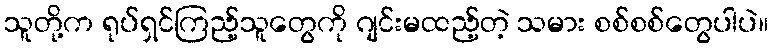
သူတို့က ရုပ်ရှင်ကြည့်သူတွေကို ဂျင်းမထည့်တဲ့ သမား စစ်စစ်တွေပါပဲ။